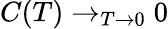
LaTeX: C(T)\to_{T\to 0}0